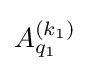
A_{q_{1}}^{(k_{1})}